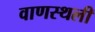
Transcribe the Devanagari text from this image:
वाणस्थली